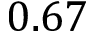
0 . 6 7